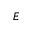
E